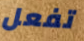
تفعل